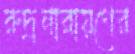
রুদ্রনারায়ণের